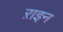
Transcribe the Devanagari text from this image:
ऱाइन